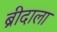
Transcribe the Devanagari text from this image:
ब्रीदाला